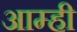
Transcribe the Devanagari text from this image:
आम्‍ही